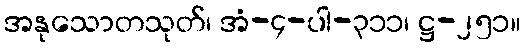
အနုသောတသုတ်၊ အံ-၄-ပါ-၃၁၁၊ ဋ္ဌ-၂၅၁။